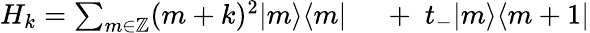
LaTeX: \begin{array}{rl}{H_{k}=\sum_{m\in\mathbb{Z}}(m+k)^{2}|m\rangle\langle m|\; }&{{}+\; t_{-}|m\rangle\langle m+1|}\end{array}